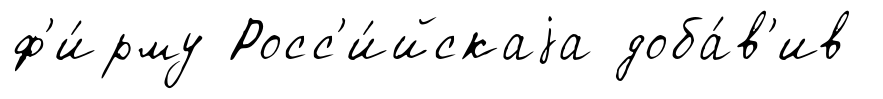
ф'и́рму Росс'и́йскаjа доба́в'ив